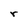
Character: r